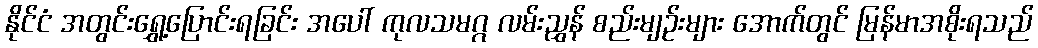
နိုင်ငံ အတွင်းရွှေ့ပြောင်းရခြင်း အပေါ် ကုလသမဂ္ဂ လမ်းညွှန် စည်းမျဉ်းများ အောက်တွင် မြန်မာအစိုးရသည်